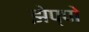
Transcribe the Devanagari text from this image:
झेप्पो